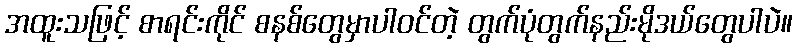
အထူးသဖြင့် စာရင်းကိုင် စနစ်တွေမှာပါဝင်တဲ့ တွက်ပုံတွက်နည်းမိုဒယ်တွေပါပဲ။